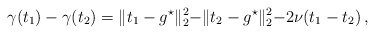
\begin{align*}\gamma(t_1)-\gamma(t_2)=\lVert t_1-g^\star\lVert_{2}^2-\lVert t_2-g^\star\lVert_{2}^2-2\nu(t_1-t_2)\,,\end{align*}